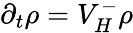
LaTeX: \partial_{t}\rho=V_{H}^{-}\rho